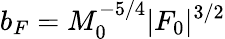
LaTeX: b_{F}=M_{0}^{-5/4}|F_{0}|^{3/2}